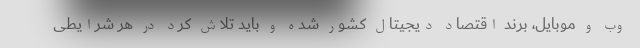
وب و موبایل، برند اقتصاد دیجیتال کشور شده و باید تلاش کرد در هر شرایطی